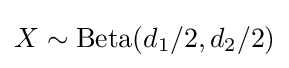
X\sim \operatorname {Beta} (d_{1}/2,d_{2}/2)